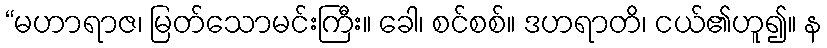
“မဟာရာဇ၊ မြတ်သောမင်းကြီး။ ခေါ၊ စင်စစ်။ ဒဟရာတိ၊ ငယ်၏ဟူ၍။ န